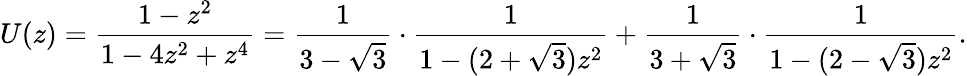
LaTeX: U(z)={\frac{1-z^{2}}{1-4z^{2}+z^{4}}}={\frac{1}{3-{\sqrt{3}}}}\cdot{\frac{1}{1-(2+{\sqrt{3}})z^{2}}}+{\frac{1}{3+{\sqrt{3}}}}\cdot{\frac{1}{1-(2-{\sqrt{3}})z^{2}}}.